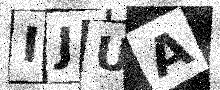
Text: IJUA